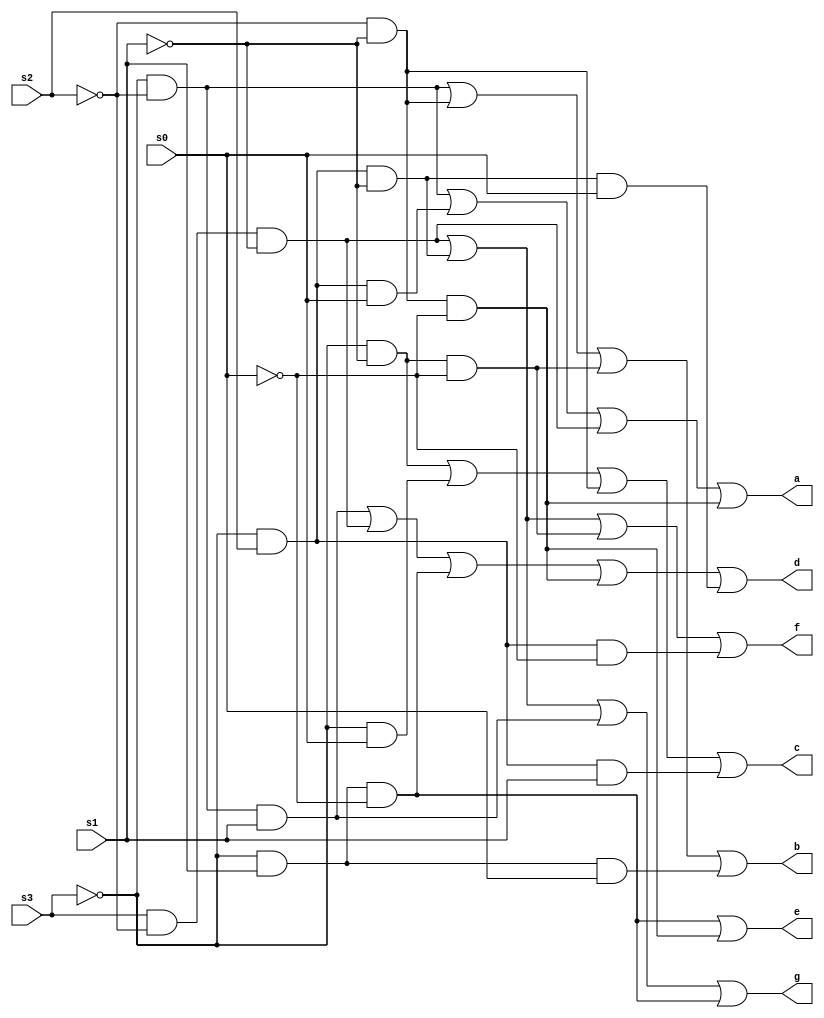
`timescale 1ns / 1ps
//////////////////////////////////////////////////////////////////////////////////
// Company: 
// Engineer: 
// 
// Design Name: 
// Module Name: 7segment display
// Project Name: 
// Target Devices: 
// Tool Versions: 
// Description: 
// 
// Dependencies: 
// 
// Revision:
// Revision 0.01 - File Created
// Additional Comments:
// 
//////////////////////////////////////////////////////////////////////////////////


module sevensegment(a,b,c,d,e,f,g,s3,s2,s1,s0);
output a,b,c,d,e,f,g;
input s3,s2,s1,s0;
wire [31:1]w;
not(w[1],s3);
not(w[2],s2);
not(w[3],s1);
not(w[4],s0);
and(w[5],w[1],w[2]);
and(w[6],w[1],s2,s0);
and(w[7],s3,w[2],w[3]);
and(w[8],w[2],w[3],w[4]);
and(w[9],w[1],w[2]);
and(w[10],w[2],w[3]);
and(w[11],w[1],w[3],w[4]);
and(w[12],w[1],s1,s0);
and(w[13],w[1],w[3]);
and(w[14],w[1],s0);
and(w[15],w[2],w[3]);
and(w[16],w[1],s2,s1);
and(w[17],w[1],w[2],s1);
and(w[18],s3,w[2],w[3]);
and(w[19],w[1],s1,w[4]);
and(w[20],w[2],w[3],w[4]);
and(w[21],w[1],s2,w[3],s0);
and(w[22],w[1],s1,w[4]);
and(w[23],w[2],w[3],w[4]);
and(w[24],s3,w[2],w[3]);
and(w[25],w[1],s2,w[3]);
and(w[26],w[1],w[3],w[4]);
and(w[27],w[1],s2,w[4]);
and(w[28],w[1],s2,w[3]);
and(w[29],s3,w[2],w[3]);
and(w[30],w[1],w[2],s1);
and(w[31],w[1],s1,w[4]);
or(a,w[5],w[6],w[7],w[8]);
or(b,w[9],w[10],w[11],w[12]);
or(c,w[13],w[14],w[15],w[16]);
or(d,w[17],w[18],w[19],w[20],w[21]);
or(e,w[22],w[23]);
or(f,w[24],w[25],w[26],w[27]);
or(g,w[28],w[29],w[30],w[31]);
endmodule